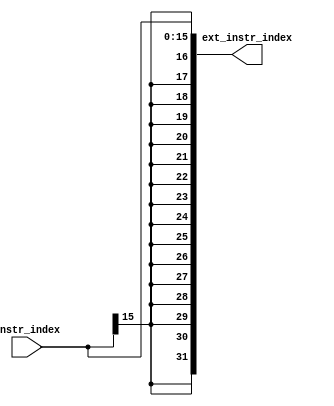
`timescale 1ns / 1ps
//////////////////////////////////////////////////////////////////////////////////
// Company: 
// Engineer: 
// 
// Design Name: 
// Module Name: extender
// Project Name: 
// Target Devices: 
// Tool Versions: 
// Description: 
// 
// Dependencies: 
// 
// Revision:
// Revision 0.01 - File Created
// Additional Comments:
// 
//////////////////////////////////////////////////////////////////////////////////


module extender(
    input [15:0] instr_index,
    output [31:0] ext_instr_index
    );
    assign ext_instr_index = {{16{instr_index[15]}}, instr_index};
endmodule